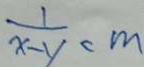
\frac { 1 } { x - y } < m